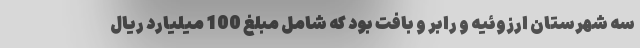
سه شهرستان ارزوئیه و رابر و بافت بود که شامل مبلغ 100 میلیارد ریال